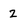
Character: 2